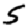
Digit: 5